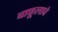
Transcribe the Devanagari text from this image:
बाफूलाबे